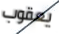
يعقوب